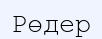
Рөдер